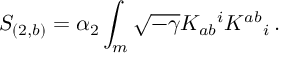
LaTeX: S _ { ( 2 , b ) } = \alpha _ { 2 } \int _ { m } \sqrt { - \gamma } K _ { a b } { } ^ { i } K ^ { a b } { } _ { i } \, .